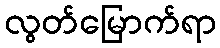
လွတ်မြောက်ရာ